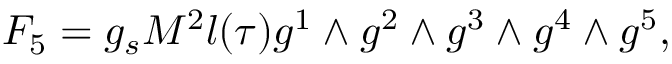
{ \cal F } _ { 5 } = g _ { s } M ^ { 2 } l ( \tau ) g ^ { 1 } \wedge g ^ { 2 } \wedge g ^ { 3 } \wedge g ^ { 4 } \wedge g ^ { 5 } ,